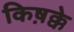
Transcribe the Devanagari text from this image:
किष़क्के